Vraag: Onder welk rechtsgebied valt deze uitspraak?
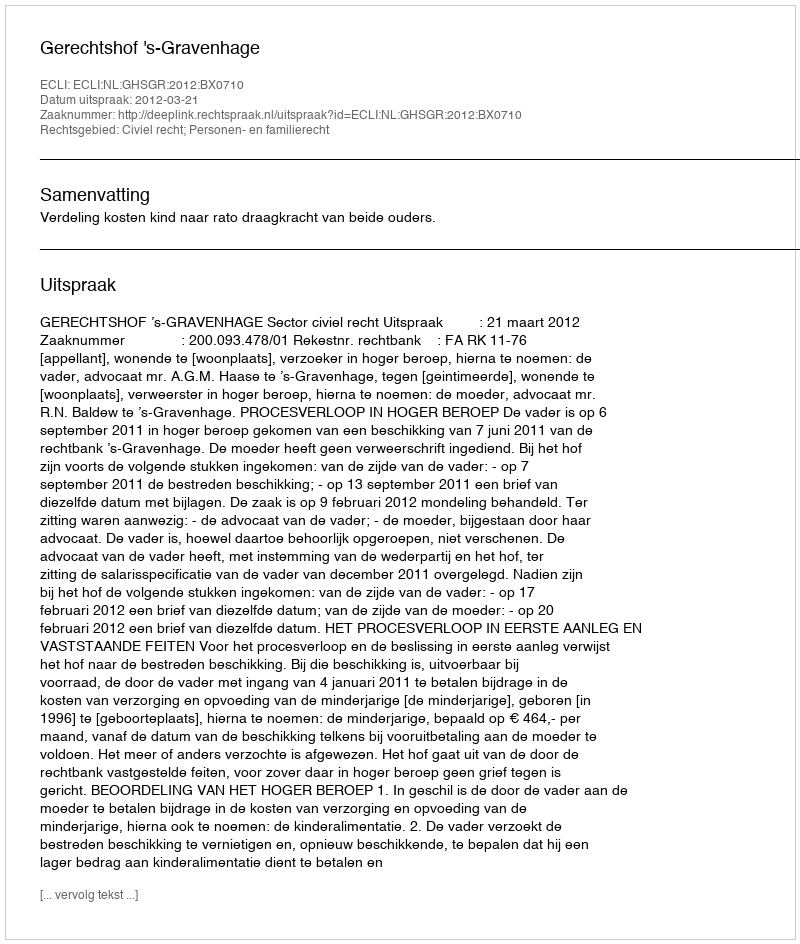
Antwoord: Civiel recht; Personen- en familierecht